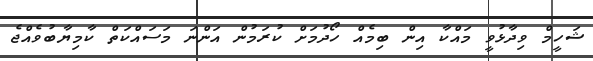
ޝަހީމް ވިދާޅުވީ މައްކާ އިން ބިމެއް ހޯދުމަށް ކުރަމުން އަންނަ މަސައްކަތް ކާމިޔާބުވެއްޖެ